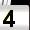
Digit: 4